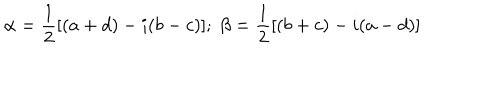
\alpha = \frac { 1 } { 2 } [ ( a + d ) - i ( b - c ) ] ; \; \beta = \frac { 1 } { 2 } [ ( b + c ) - i ( a - d ) ]